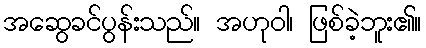
အဆွေခင်ပွန်းသည်။ အဟုဝါ၊ ဖြစ်ခဲ့ဘူး၏။